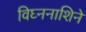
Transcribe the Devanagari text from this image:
विघ्ननाशिने